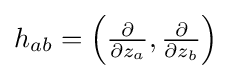
{\textstyle h_{ab}=\left({\frac {\partial }{\partial z_{a}}},{\frac {\partial }{\partial z_{b}}}\right)}